Cholera in southern India
Disease focus: Cholera
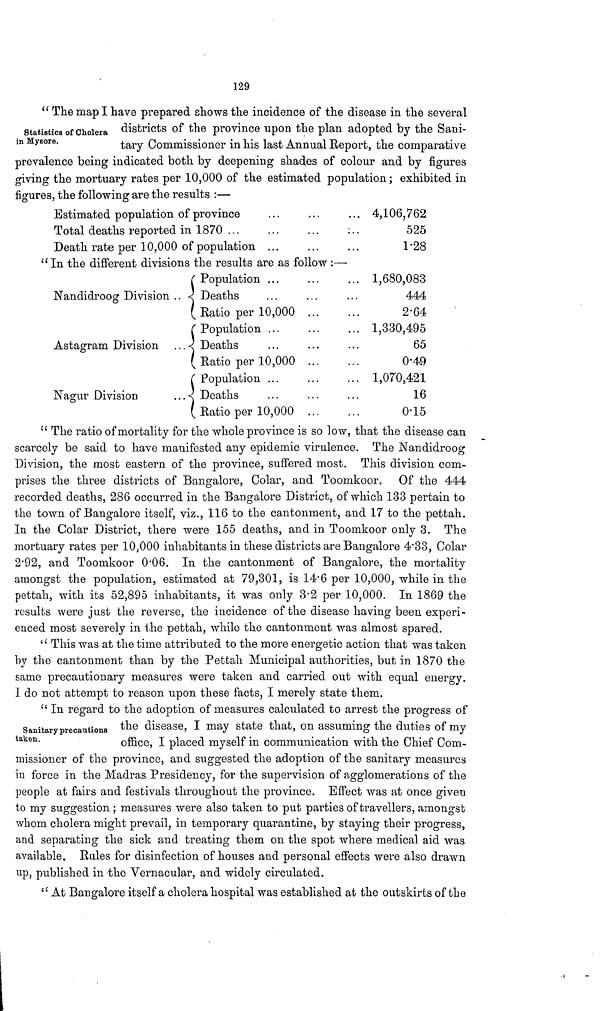
129
Statistics of Cholera
in Mysore,
" The map I have prepared shows the incidence of the disease in the several
districts of the province upon the plan adopted by the Sani-
tary Commissioner in his last Annual Report, the comparative
prevalence being indicated both by deepening shades of colour and by figures
giving the mortuary rates per 10,000 of the estimated population ; exhibited in
figures, the following are the results :—
Estimated population of province
Total deaths reported in 1870 ...
Death rate per 10,000 of population ...
" In the different divisions the results are as follow : —
Nandidroog Division
Astagram Division
Nagur Division
Population ...
Deaths
( Ratio per 10,000
Population ...
Deaths
( Ratio per 10,000
Population ...
Deaths
( Ratio per 10,000
• . •
. . •
• • *
...
...
...
4,106,762
525
1.28
1,680,083
444
2.64
1,330,495
65
0.49
1,070,421
16
0.15
" The ratio of mortality for the whole province is so low, that the disease can
scarcely be said to have manifested any epidemic virulence. The Nandidroog
Division, the most eastern of the province, suffered most. This division com-
prises the three districts of Bangalore, Colar, and Toomkoor. Of the 444
recorded deaths, 286 occurred in the Bangalore District, of which 133 pertain to
the town of Bangalore itself, viz., 116 to the cantonment, and 17 to the pettah.
In the Colar District, there were 155 deaths, and in Toomkoor only 3. The
mortuary rates per 10,000 inhabitants in these districts are Bangalore 4.33, Colar
2.92, and Toomkoor 0.06. In the cantonment of Bangalore, the mortality
amongst the population, estimated at 79,301, is 14.6 per 10,000, while in the
pettah, with its 52,895 inhabitants, it was only 3.2 per 10,000. In 1869 the
results were just the reverse, the incidence of the disease having been experi-
enced most severely in the pettah, while the cantonment was almost spared.
" This was at the time attributed to the more energetic action that was taken
by the cantonment than by the Pettah Municipal authorities, but in 1870 the
same precautionary measures were taken and carried out with equal energy.
I do not attempt to reason upon these facts, I merely state them.
Sanitary precautions
taken.
" In regard to the adoption of measures calculated to arrest the progress of
the disease, I may state that, on assuming the duties of my
office, I placed myself in communication with the Chief Com-
missioner of the province, and suggested the adoption of the sanitary measures
in force in the Madras Presidency, for the supervision of agglomerations of the
people at fairs and festivals throughout the province. Effect was at once given
to my suggestion ; measures were also taken to put parties of travellers, amongst
whom cholera might prevail, in temporary quarantine, by staying their progress,
and separating the sick and treating them on the spot where medical aid was
available. Rules for disinfection of houses and personal effects were also drawn
up, published in the Vernacular, and widely circulated.
" At Bangalore itself a cholera hospital was established at the outskirts of the